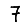
Digit: 7